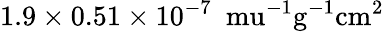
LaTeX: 1.9\times 0.51\times 10^{-7}~\mathrm{\ mu^{-1}g^{-1}cm^{2}}